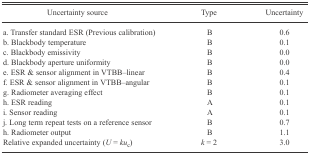
<table><thead><tr><td><b>Uncertainty source</b></td><td><b>Type</b></td><td><b>Uncertainty</b></td></tr></thead><tbody><tr><td>a. Transfer standard ESR (Previous calibration)</td><td>B</td><td>0.6</td></tr><tr><td>b. Blackbody temperature</td><td>B</td><td>0.1</td></tr><tr><td>c. Blackbody emissivity</td><td>B</td><td>0.0</td></tr><tr><td>d. Blackbody aperture uniformity</td><td>B</td><td>0.0</td></tr><tr><td>e. ESR &amp; sensor alignment in VTBB–linear</td><td>B</td><td>0.4</td></tr><tr><td>f. ESR &amp; sensor alignment in VTBB–angular</td><td>B</td><td>0.1</td></tr><tr><td>g. Radiometer averaging effect</td><td>B</td><td>0.1</td></tr><tr><td>h. ESR reading</td><td>A</td><td>0.1</td></tr><tr><td>i. Sensor reading</td><td>A</td><td>0.1</td></tr><tr><td>j. Long term repeat tests on a reference sensor</td><td>B</td><td>0.7</td></tr><tr><td>h. Radiometer output</td><td>B</td><td>1.1</td></tr><tr><td>Relative expanded uncertainty (<i>U</i> = <i>ku</i><sub>c</sub>)</td><td><i>k</i> = 2</td><td>3.0</td></tr></tbody></table>